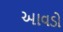
આવડો